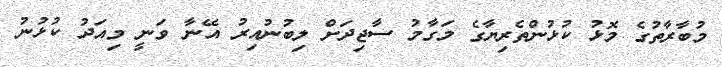
މުބާރާތުގެ މޮޅު ކުޅުންތެރިޔާގެ މަގާމު ސާޖިދަށް ލިބުނުއިރު އޭނާ ވަނީ މިއަދު ކުޅުނު